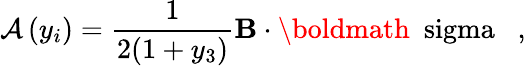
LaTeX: {\cal A}\left(y_{i}\right)=\frac{1}{2(1+y_{3})}{\mathbf B}\cdot\mathrm{\boldmath~\ sigma~}\; \; ,